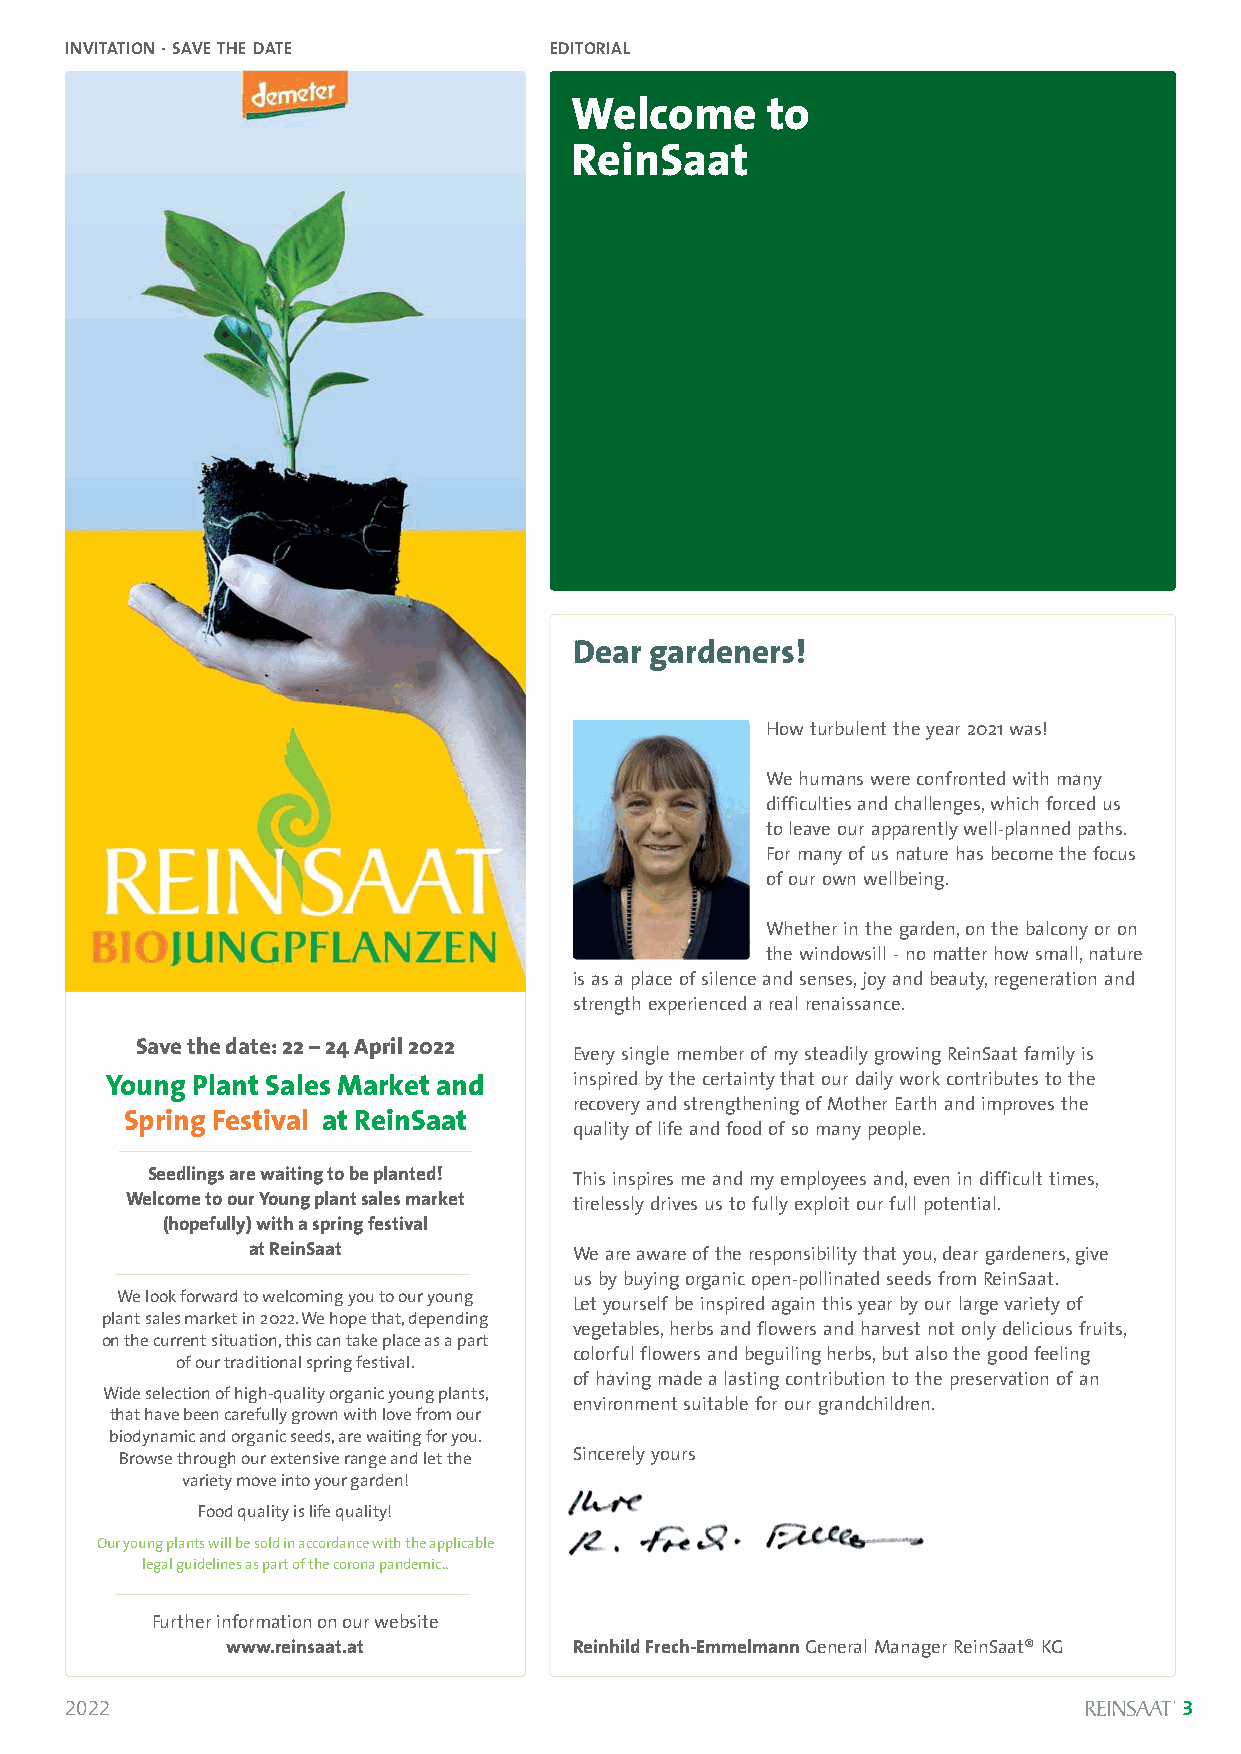
INVITATION · SAVE THE DATE      EDITORIAL
 Welcome      to
 ReinSaat
 Dear gardeners!
 How turbulent the year 2021 was!
 We humans were confronted with many
 difficulties and challenges, which forced us
 to leave our apparently well-planned paths.
 For many of us nature has become the focus
 of our own wellbeing.
 Whether in the garden, on the balcony or on
 the windowsill - no matter how small, nature
 is as a place of silence and senses, joy and beauty, regeneration and
 strength experienced a real renaissance.
 Save the date: 22 –24 April 2022
 Every single member of my steadily growing ReinSaat family is
 Young Plant Sales Market and   inspired by the certainty that our daily work contributes to the
 recovery and strengthening of Mother Earth and improves the
 Spring Festival at ReinSaat
 quality of life and food of so many people.
 Seedlings are waiting to be planted! This inspires me and my employees and, even in difficult times,
 Welcome to our Young plant sales market tirelessly drives us to fully exploit our full potential.
 (hopefully) with a spring festival
 at ReinSaat           We are aware of the responsibility that you, dear gardeners, give
 us by buying organic open-pollinated seeds from ReinSaat.
 We look forward to welcoming you to our young Let yourself be inspired again this year by our large variety of
 plant sales market in 2022. We hope that, depending
 vegetables, herbs and flowers and harvest not only delicious fruits,
 on the current situation, this can take place as a part
 colorful flowers and beguiling herbs, but also the good feeling
 of our traditional spring festival.
 of having made a lasting contribution to the preservation of an
 Wide selection of high-quality organic young plants,
 environment suitable for our grandchildren.
 that have been carefully grown with love from our
 biodynamic and organic seeds, are waiting for you.
 Browse through our extensive range and let the Sincerely yours
 variety move into your garden!
 Food quality is life quality!
 Our young plants will be sold in accordance with the applicable
 legal guidelines as part of the corona pandemic..
 Further information on our website
 www.reinsaat.at        Reinhild Frech-EmmelmannGeneral Manager ReinSaat® KG
 2022                                                                      3